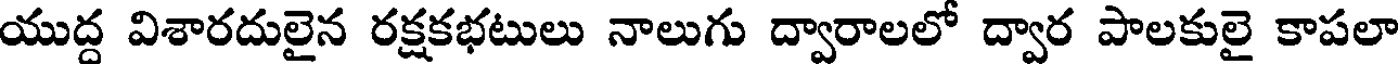
యుద్ద విశారదులైన రక్షకభటులు నాలుగు ద్వారాలలో ద్వార పాలకులై కాపలా